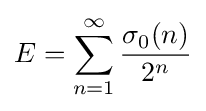
E=\sum _{n=1}^{\infty }{\frac {\sigma _{0}(n)}{2^{n}}}